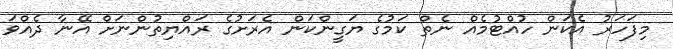
މިފަހަރު އެކަން ހުއްޓުމެއް ނެތް ކަމުގެ ޔަގީންކަން އެރަށުގެ ރައްޔިތުންނަށް އޭނާ ދެއްވަ